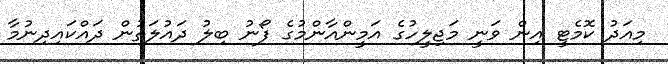
މިއަދު ކޮމެޓީ އިން ވަނީ މަޖިލީހުގެ އަމީންއާންމުގެ ފޯނު ބިލު ދައުލަތުން ދައްކައިދިނުމާ